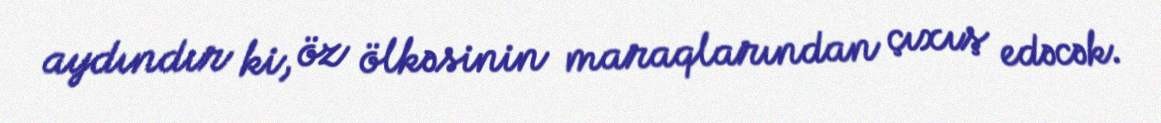
aydındır ki, öz ölkəsinin maraqlarından çıxış edəcək.